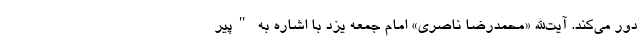
دور می‌کند. آیت‌الله «محمدرضا ناصری» امام جمعه یزد با اشاره به "پیر